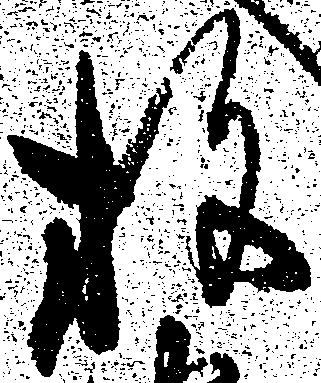
放